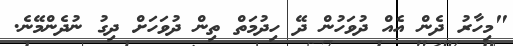
"މިހާރު ދެން އެއް ދުވަހުން ދޭ ހިދުމަތް ތިން ދުވަހަށް ދިގު ނުދެންމޭނެ.